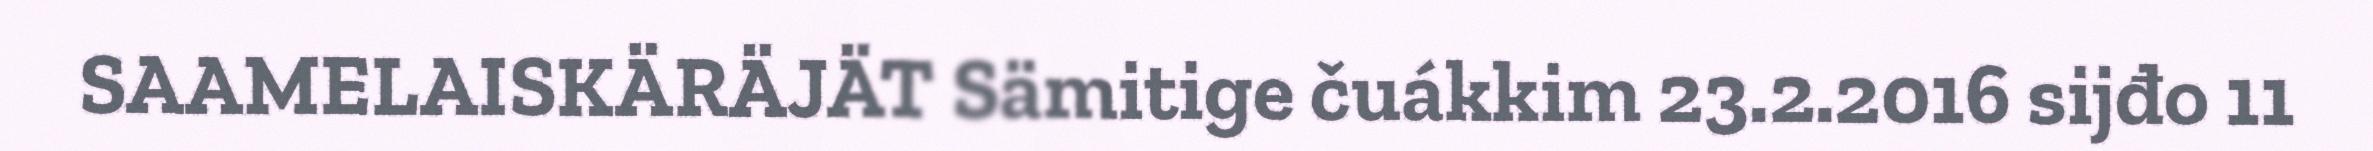
SAAMELAISKÄRÄJÄT Sämitige čuákkim 23.2.2016 sijđo 11